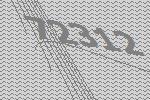
72312